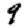
Digit: 9